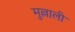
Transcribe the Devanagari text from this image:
मुल्लाली